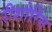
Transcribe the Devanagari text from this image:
रीशोरिंग